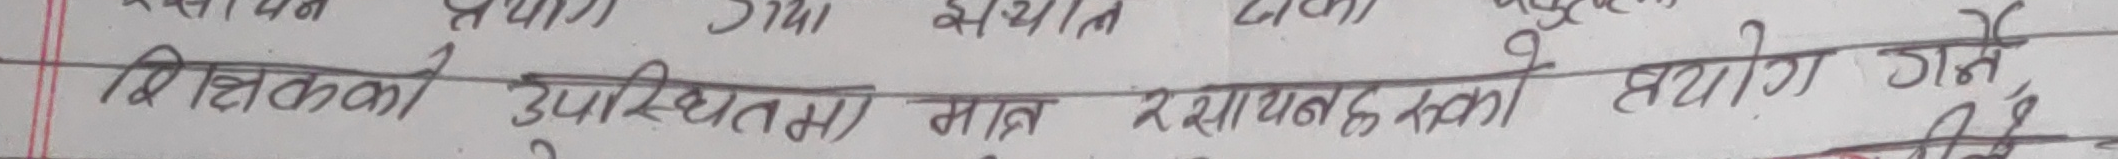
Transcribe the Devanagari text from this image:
शिक्षकको उपस्थितमा मात्र रसायनकको प्रयोग गर्ने